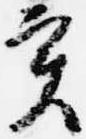
実